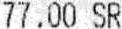
77.00 SR